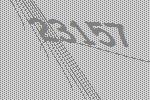
23157